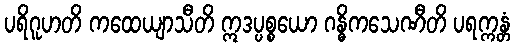
ပရိဂူဟတိ ကထေယျာသီတိ ဣဒပ္ပစ္စယော ဂန္ဓိကသေဏီတိ ပရက္ကန္တံ